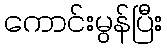
ကောင်းမွန်ပြီး